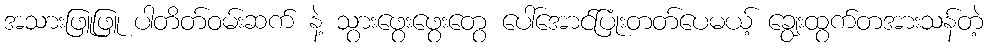
အသားဖြူဖြူ ပါတိတ်ဝမ်းဆက် နဲ့ သွားဖွေးဖွေးတွေ ပေါ်အောင်ပြုံးတတ်ပေမယ့် ချွေးထွက်တအားသန်တဲ့